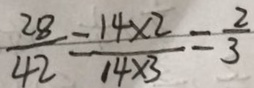
\frac { 2 8 } { 4 2 } = \frac { 1 4 \times 2 } { 1 4 \times 3 } = \frac { 2 } { 3 }